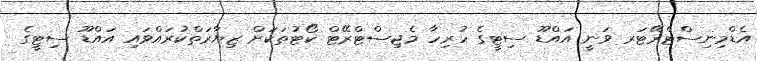
އެޑްމިނިސްޓްރޭޓަރ ވަނީ އައްޑޫ ސިޓީގެ ހުރިހާ މެޖިސްޓްރޭޓް ކޯޓުތަކަށް ޒިޔާރަތްކުރައްވައި އައްޑޫ ސިޓީގެ